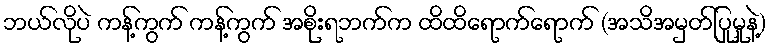
ဘယ်လိုပဲ ကန့်ကွက် ကန့်ကွက် အစိုးရဘက်က ထိထိရောက်ရောက် (အသိအမှတ်ပြုမှုနဲ့)